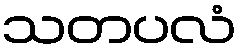
သတပလံ